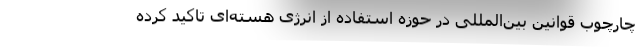
چارچوب قوانین بین‌المللی در حوزه استفاده از انرژی هسته‌ای تاکید کرده